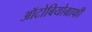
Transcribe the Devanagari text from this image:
ऑटोबियोग्राफी